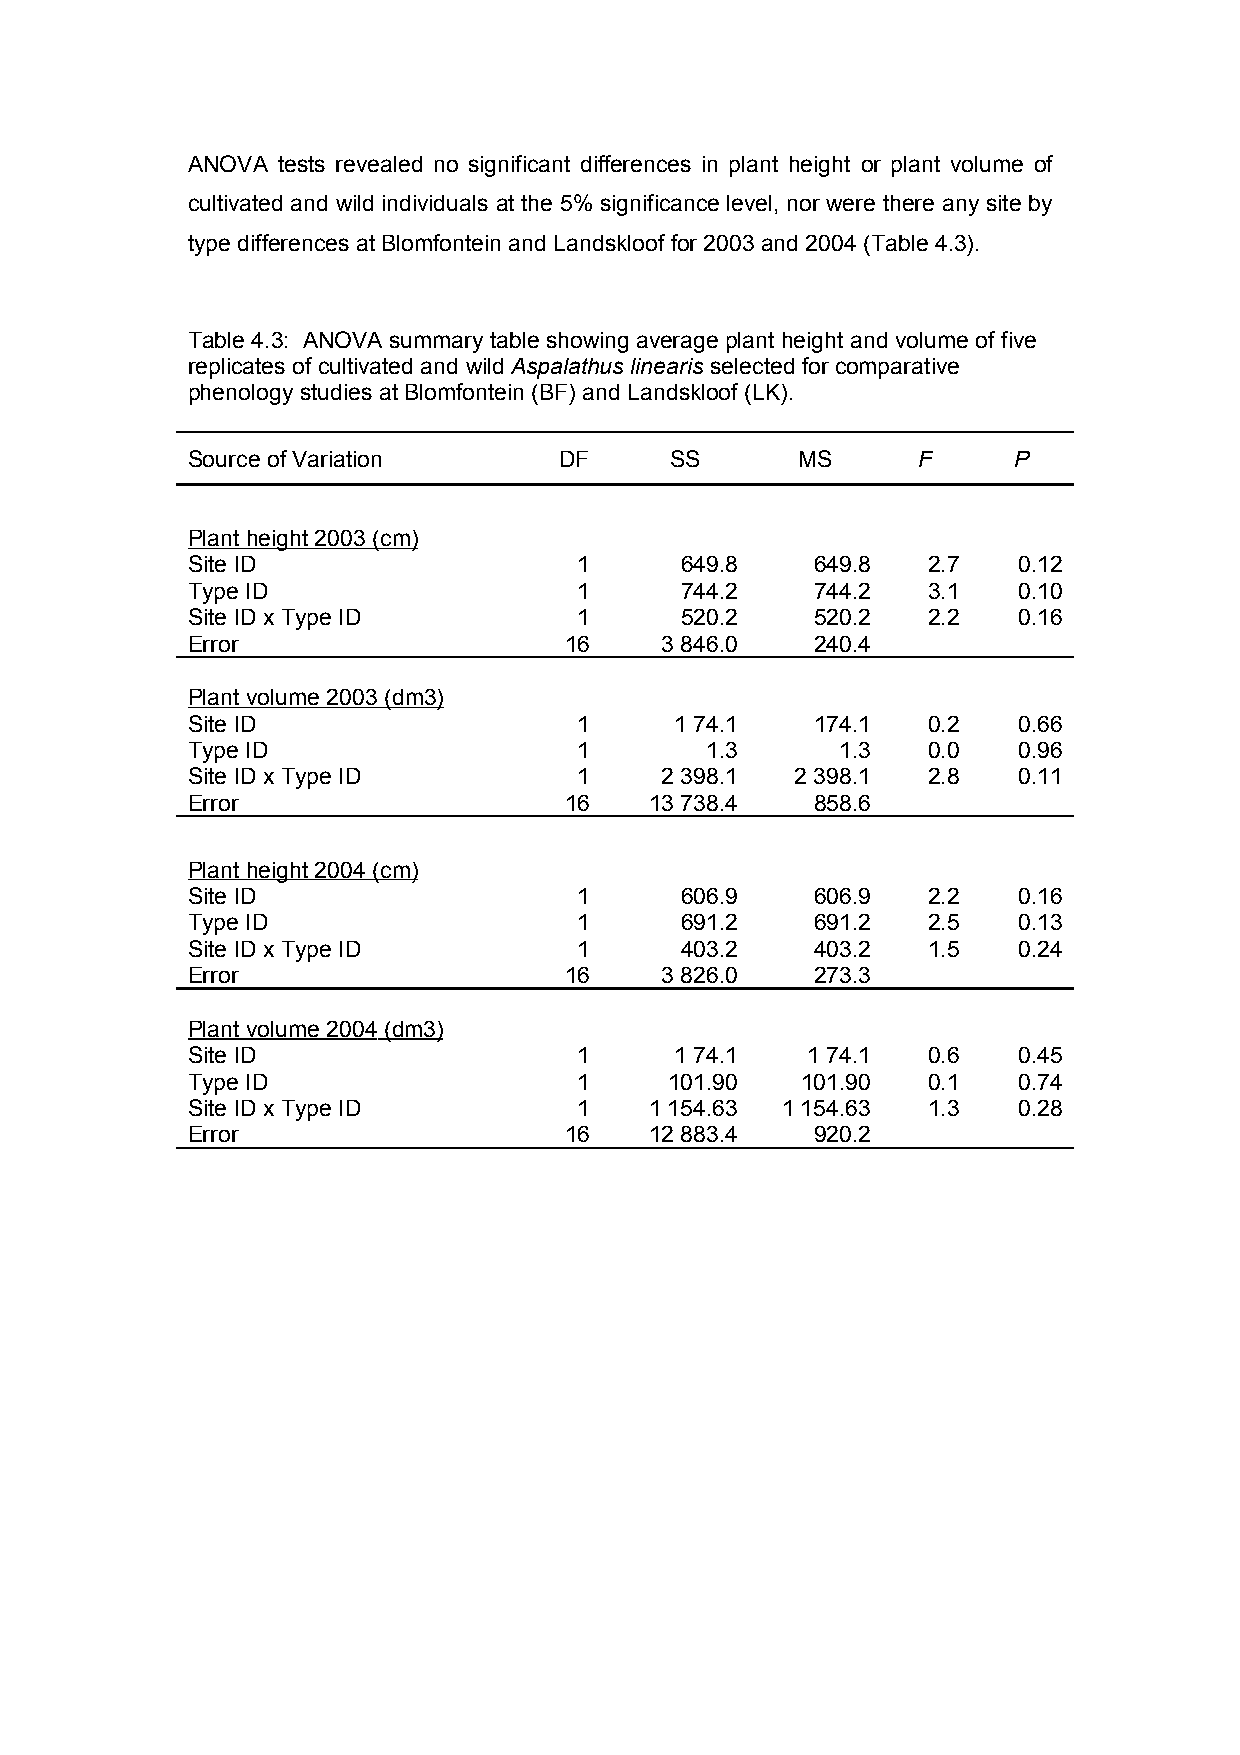
ANOVA tests revealed no significant differences in plant height or plant volume of
 cultivated and wild individuals at the 5% significance level, nor were there any site by
 type differences at Blomfontein and Landskloof for 2003 and 2004 (Table 4.3).
 Table 4.3: ANOVA summary table showing average plant height and volume of five
 replicates of cultivated and wild Aspalathus linearis selected for comparative
 phenology studies at Blomfontein (BF) and Landskloof (LK).
 Source of Variation      DF     SS       MS      F     P
 Plant height 2003 (cm)
 Site ID                   1      649.8    649.8  2.7   0.12
 Type ID                   1      744.2    744.2  3.1   0.10
 Site ID x Type ID         1      520.2    520.2  2.2   0.16
 Error                    16     3 846.0   240.4
 Plant volume 2003 ( dm3)
 Site ID                   1      1 74.1   174.1  0.2   0.66
 Type ID                   1        1.3      1.3  0.0   0.96
 Site ID x Type ID         1     2 398.1  2 398.1 2.8   0.11
 Error                    16    13 738.4   858.6
 Plant height 2004 (cm)
 Site ID                   1      606.9    606.9  2.2   0.16
 Type ID                   1      691.2    691.2  2.5   0.13
 Site ID x Type ID         1      403.2    403.2  1.5   0.24
 Error                    16     3 826.0   273.3
 Plant volume 2004 (dm3)
 Site ID                   1      1 74.1  1 74.1  0.6   0.45
 Type ID                   1     101.90   101.90  0.1   0.74
 Site ID x Type ID         1    1 154.63 1 154.63 1.3   0.28
 Error                    16    12 883.4   920.2
 47